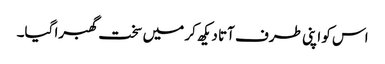
اس کو اپنی طرف آتا دیکھ کر میں سخت گھبرا گیا۔